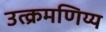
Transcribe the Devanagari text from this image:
उत्क्रमणिय्य